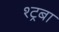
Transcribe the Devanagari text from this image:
श्ट्रबा